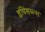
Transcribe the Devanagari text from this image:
इंविंशब्ल्स